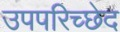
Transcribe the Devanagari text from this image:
उपपरिच्छेद